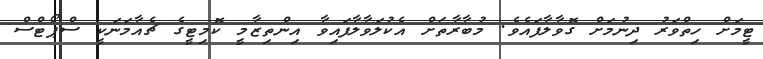
ޓީމަށް ހިތްވަރު ދިނުމަށް ގޮވާލާފައެވެ. މުބާރާތަށް އެކުލަވާލާފައިވާ އިންތިޒާމީ ކޮމިޓީގެ ޗެއާމަނަކީ ސްޕޯޓްސް